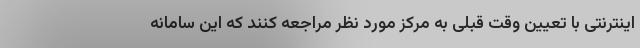
اینترنتی با تعیین وقت قبلی به مرکز مورد نظر مراجعه کنند که این سامانه